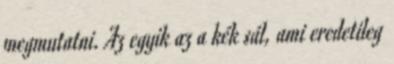
megmutatni. Az egyik az a kék sál, ami eredetileg